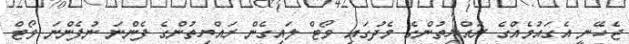
ޖެހޭނީ އެގައުމެއްގެ ރައްޔިތުންގެ މެދުގައި ވޯޓް ލައިގެން ރައްޔިތުންގެ ފެންނަ ނުފެންނަ ވޯޓް